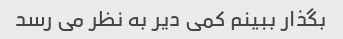
بگذار ببینم کمی دیر به نظر می رسد